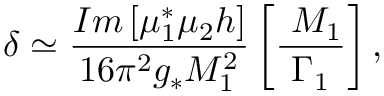
\delta \simeq { \frac { { I m \left[ \mu _ { 1 } ^ { * } \mu _ { 2 } h \right] } } { { 1 6 \pi ^ { 2 } g _ { * } M _ { 1 } ^ { 2 } } } } \left[ { \frac { { \ M _ { 1 } } } { \Gamma _ { 1 } } } \right] ,